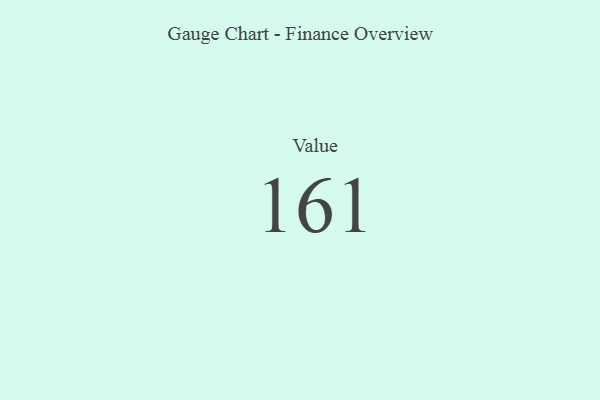
{"axis": {"x": "Metric", "y": "Value"}, "legend": [""], "data": [{"x": "Value", "y": 161, "type": ""}]}